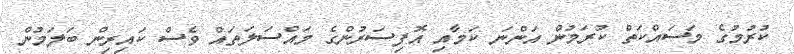
ކުރުމުގެ މަސައްކަތް ކުރަމުން އަންނަ ކަމާއި އޮފިސަރުންގެ މައްސަލަތައް ވެސް ކައިރިން ބަލަމުން